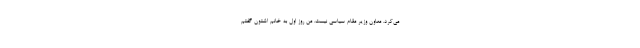
می‌کرد. معاون وزیر مقام سیاسی نیست. من روز اول به خانم اشتون گفتم